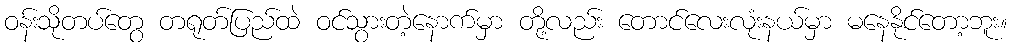
ဝန်းသိုတပ်တွေ တရုတ်ပြည်ထဲ ဝင်သွားတဲ့နောက်မှာ တို့လည်း တောင်လေးလုံးနယ်မှာ မနေနိုင်တော့ဘူး။